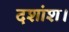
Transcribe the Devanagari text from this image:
दशांश।